Indian journal of veterinary science and animal husbandry - Volumes 22-23, 1952-1953
Year: 1952
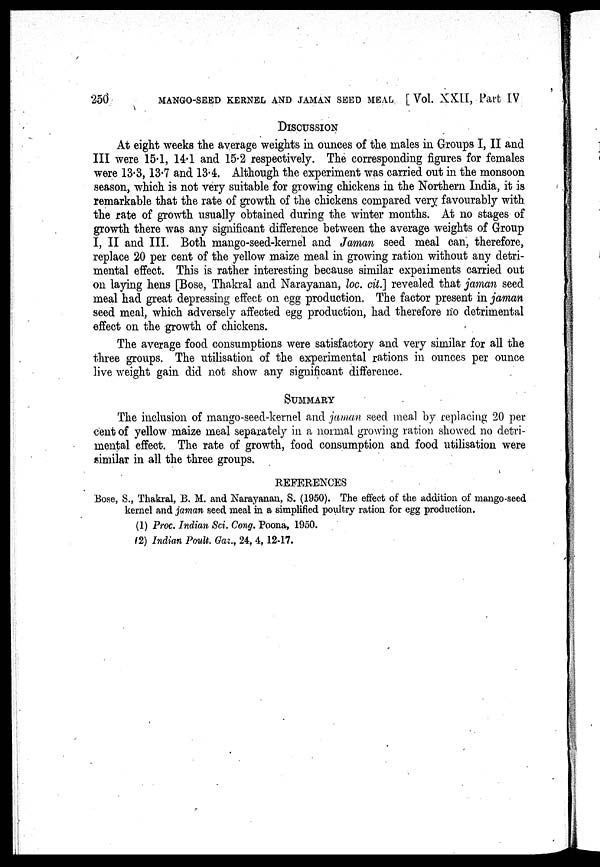
250
MANGO-SEED KERNEL AND JAMAN SEED MEAL [ Vol. XXII, Part IV
DISCUSSION
At eight weeks the average weights in ounces of the males in Groups I, II and
III were 15.1, 14.1 and 15.2 respectively. The corresponding figures for females
were 13.3, 13.7 and 13.4. Although the experiment was carried out in the monsoon
season, which is not very suitable for growing chickens in the Northern India, it is
remarkable that the rate of growth of the chickens compared very favourably with
the rate of growth usually obtained during the winter months. At no stages of
growth there was any significant difference between the average weights of Group
I, II and III. Both mango-seed-kernel and Jaman seed meal can, therefore,
replace 20 per cent of the yellow maize meal in growing ration without any detri-
mental effect. This is rather interesting because similar experiments carried out
on laying hens [Bose, Thakral and Narayanan, loc. cit.] revealed that jaman seed
meal had great depressing effect on egg production. The factor present in jaman
seed meal, which adversely affected egg production, had therefore no detrimental
effect on the growth of chickens.
The average food consumptions were satisfactory and very similar for all the
three groups. The utilisation of the experimental rations in ounces per ounce
live weight gain did not show any significant difference.
SUMMARY
The inclusion of mango-seed-kernel and jaman seed meal by replacing 20 per
cent of yellow maize meal separately in a normal growing ration showed no detri-
mental effect. The rate of growth, food consumption and food utilisation were
similar in all the three groups.
REFERENCES
Bose, S., Thakral, B. M. and Narayanan, S. (1950). The effect of the addition of mango-seed
kernel and jaman seed meal in a simplified poultry ration for egg production.
(1) Proc. Indian Sci. Cong. Poona, 1950.
(2) Indian Poult. Gaz., 24, 4, 12-17.